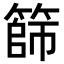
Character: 篩